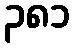
၃၈၁